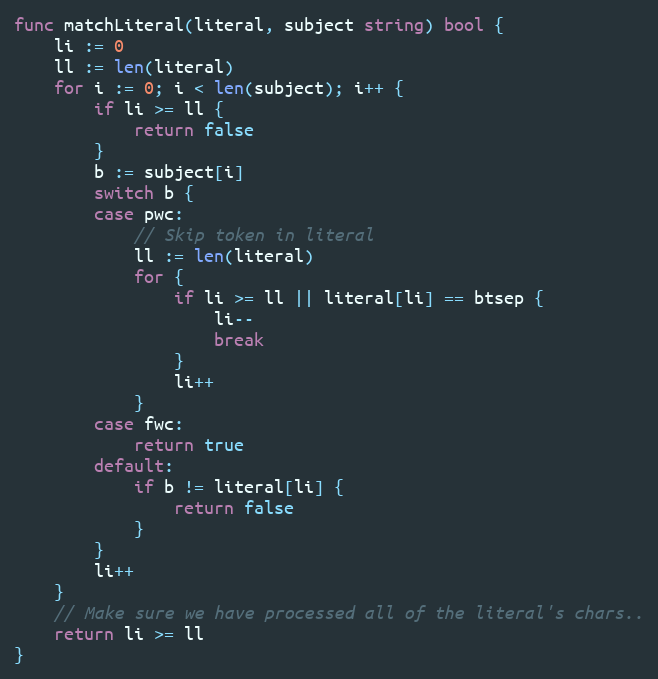
Language: Go
func matchLiteral(literal, subject string) bool {
	li := 0
	ll := len(literal)
	for i := 0; i < len(subject); i++ {
		if li >= ll {
			return false
		}
		b := subject[i]
		switch b {
		case pwc:
			// Skip token in literal
			ll := len(literal)
			for {
				if li >= ll || literal[li] == btsep {
					li--
					break
				}
				li++
			}
		case fwc:
			return true
		default:
			if b != literal[li] {
				return false
			}
		}
		li++
	}
	// Make sure we have processed all of the literal's chars..
	return li >= ll
}